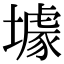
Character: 壉